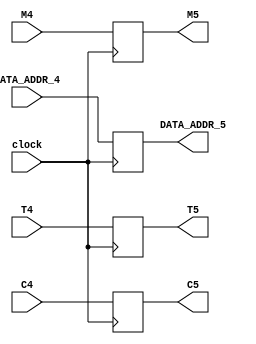
//////////////////////////////////////////////////////////
//////////////////////////////////////////////////////////
//					Microinstruction 3					//
//////////////////////////////////////////////////////////
//////////////////////////////////////////////////////////

module Microinstruction_3 (clock,
	C4,
	T4,
	C5,
	T5,
	DATA_ADDR_4,
	DATA_ADDR_5,
	M4,
	M5
);

/*****************************************************************
Modulo que implementa la tercera microintruccin del pipeline,
habria que chequear que en el momento inicial no flashee cualquiera.
******************************************************************/
	input clock;
	input [5:0] 		C4;
	input [6:0] 		T4;
	input [10:0]		DATA_ADDR_4;
	input [1:0] 		M4;
	output reg [5:0] 	C5;
	output reg [6:0] 	T5;
	output reg [10:0]	DATA_ADDR_5;
	output reg [1:0] 	M5;

	always @(posedge clock) 
	begin
		C5	=	C4;
		T5	=	T4;
		DATA_ADDR_5 = DATA_ADDR_4;
		M5 = M4;
	end
endmodule